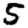
Digit: 5